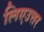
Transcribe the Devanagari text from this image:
लिएउत्तर